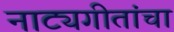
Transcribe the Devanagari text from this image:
नाट्यगीतांचा